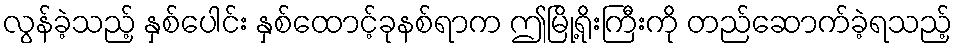
လွန်ခဲ့သည့် နှစ်ပေါင်း နှစ်ထောင့်ခုနစ်ရာက ဤမြို့ရိုးကြီးကို တည်ဆောက်ခဲ့ရသည့်